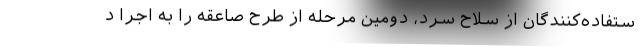
ستفاده‌کنندگان از سلاح سرد، دومین مرحله از طرح صاعقه را به اجرا د